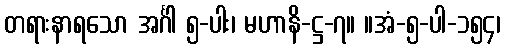
တရားနာရသော အင်္ဂါ ၅-ပါး၊ မဟာနိ-ဋ္ဌ-၇။ ။အံ-၅-ပါ-၁၅၄၊